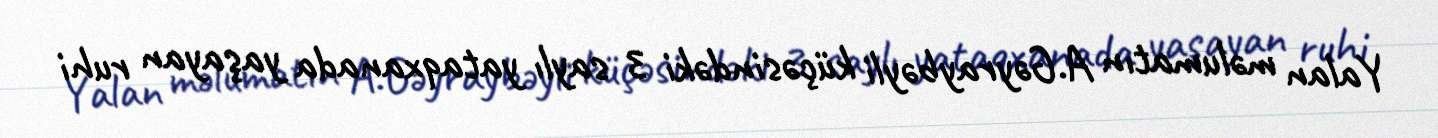
Yalan məlumatın A.Gəyraybəyli küçəsindəki 3 saylı yataqxanada yaşayan ruhi